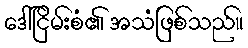
ဒေါ်ငြိမ်းစံ၏ အသံဖြစ်သည်။